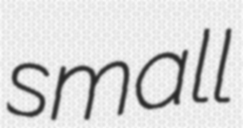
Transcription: small